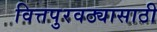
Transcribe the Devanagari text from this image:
वित्तपुरवठ्यासाठी